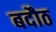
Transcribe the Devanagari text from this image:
बदौठ